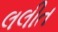
લલીત